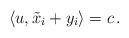
LaTeX: \begin{align*} \langle u, \tilde{x}_i + y_i \rangle = c\,.\end{align*}